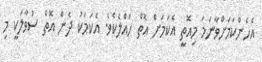
އެހެންކަމަަށްވާނަމަ މިއޮތީ އެކަމަށް އޮތް ހައްލެކެވެ. އެކަމަކު ދެން އޮތް ސުވާލަކީ މި